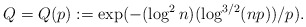
\begin{align*}Q = Q(p) := \exp( - (\log^2 n)(\log^{3/2} (np)) / p ).\end{align*}